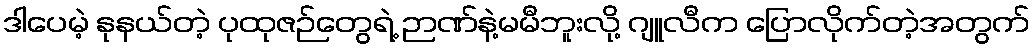
ဒါပေမဲ့ နုနယ်တဲ့ ပုထုဇဉ်တွေရဲ့ ဉာဏ်နဲ့မမီဘူးလို့ ဂျူလီက ပြောလိုက်တဲ့အတွက်